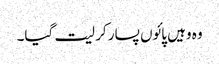
وہ وہیں پائوں پسار کر لیت گیا۔